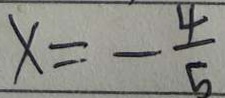
x = - \frac { 4 } { 5 }